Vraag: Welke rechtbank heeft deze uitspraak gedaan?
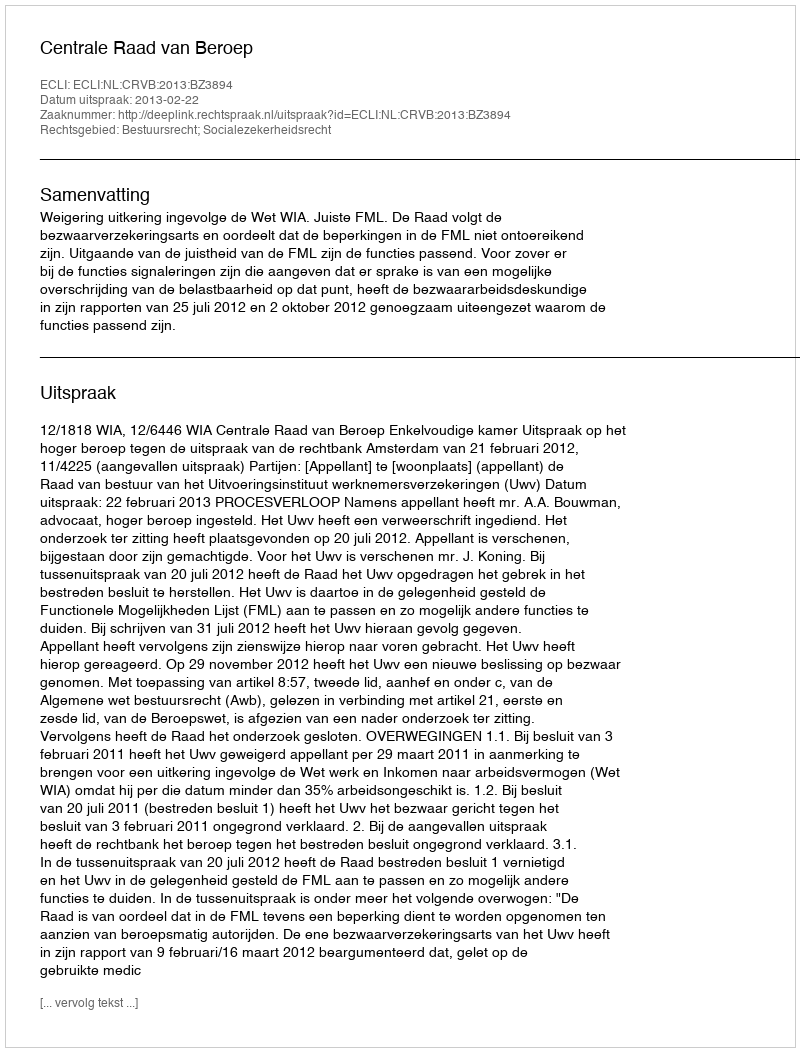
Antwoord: Centrale Raad van Beroep